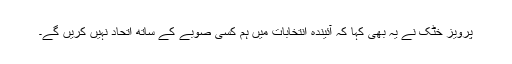
پرویز خٹک نے یہ بھی کہا کہ آئیندہ انتخابات میں ہم کسی صوبے کے ساتھ اتحاد نہیں کریں گے۔